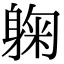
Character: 躹